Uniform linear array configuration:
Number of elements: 48
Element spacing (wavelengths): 1
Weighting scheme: kaiser
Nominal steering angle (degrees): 45
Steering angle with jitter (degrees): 46.864
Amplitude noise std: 0.05
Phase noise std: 0.05

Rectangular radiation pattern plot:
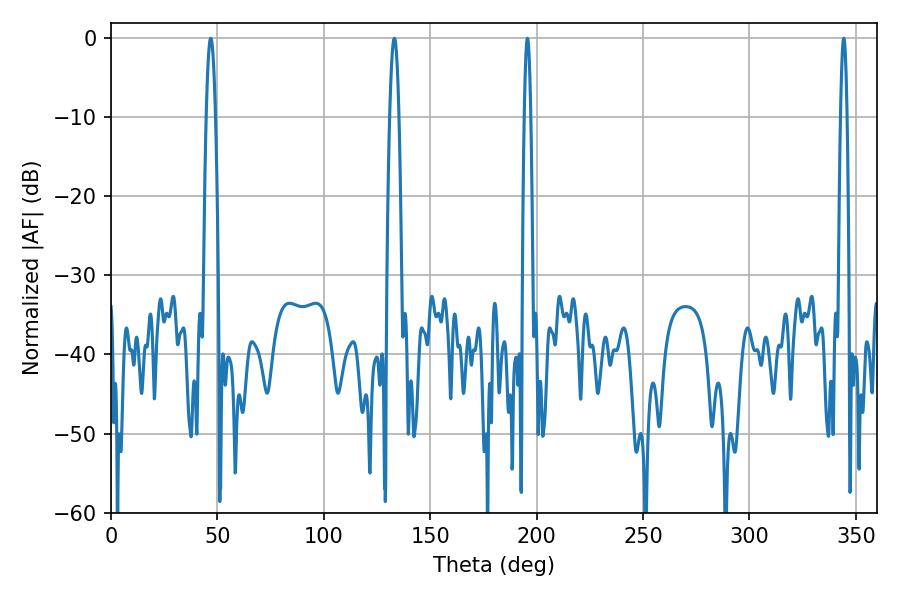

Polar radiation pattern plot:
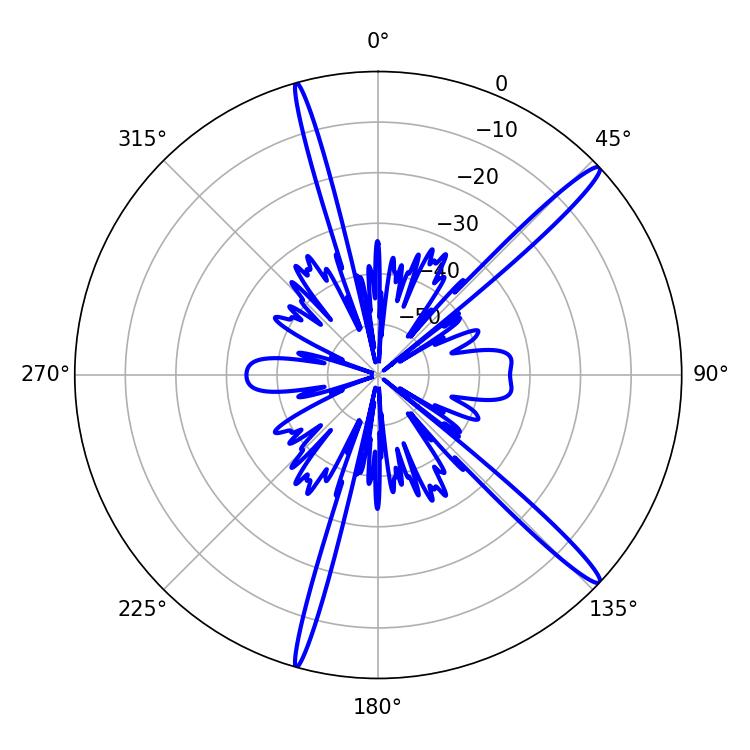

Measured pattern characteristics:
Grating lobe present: TRUE
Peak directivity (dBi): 16.096
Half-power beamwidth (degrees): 1.62
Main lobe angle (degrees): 195.66